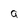
Character: a